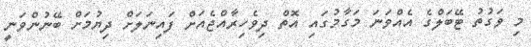
މި ވަގުތު ޓޭބަލްގެ އެއްވަނަ މަގާމުގައި އޮތް ދިވެހިރާއްޖެއަށް ފައިނަލަށް ދިޔުމަށް ބޭނުންވަނީ